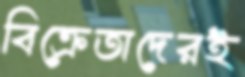
বিক্রেতাদেরই